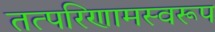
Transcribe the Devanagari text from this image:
तत्परिणामस्वरूप